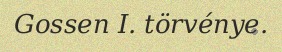
Gossen I. törvénye.